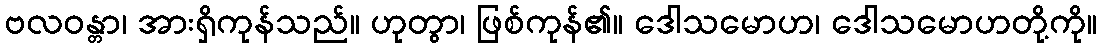
ဗလဝန္တာ၊ အားရှိကုန်သည်။ ဟုတွာ၊ ဖြစ်ကုန်၏။ ဒေါသမောဟ၊ ဒေါသမောဟတို့ကို။